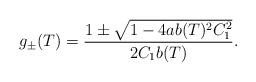
LaTeX: \begin{align*}g_{\pm}(T)=\frac{1\pm\sqrt{1-4ab(T)^{2}C_{1}^{2}}}{2C_{1}b(T)}.\end{align*}